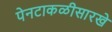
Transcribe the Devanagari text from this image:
पेनटाकळीसारखे